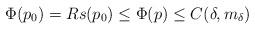
LaTeX: \begin{align*}\Phi(p_0)=R {s(p_0)}\leq \Phi(p)\leq C(\delta,m_\delta)\end{align*}